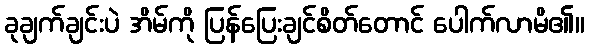
ခုချက်ချင်းပဲ အိမ်ကို ပြန်ပြေးချင်စိတ်တောင် ပေါက်လာမိ၏။